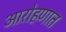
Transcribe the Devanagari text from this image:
आरोहणात